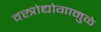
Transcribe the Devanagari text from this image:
वस्त्रोद्योगामुळे